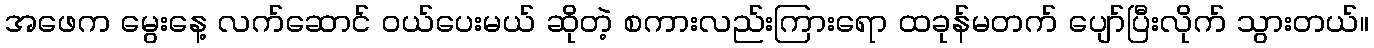
အဖေက မွေးနေ့ လက်ဆောင် ဝယ်ပေးမယ် ဆိုတဲ့ စကားလည်းကြားရော ထခုန်မတက် ပျော်ပြီးလိုက် သွားတယ်။